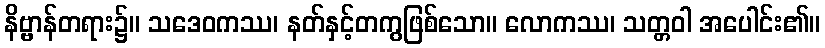
နိဗ္ဗာန်တရား၌။ သဒေဝကဿ၊ နတ်နှင့်တကွဖြစ်သော။ လောကဿ၊ သတ္တဝါ အပေါင်း၏။